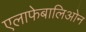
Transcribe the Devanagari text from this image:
एलाफेबालिओन